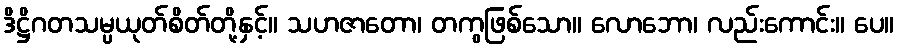
ဒိဋ္ဌိဂတသမ္ပယုတ်စိတ်တို့နှင့်။ သဟဇာတော၊ တကွဖြစ်သော။ လောဘော၊ လည်းကောင်း။ ပေ။